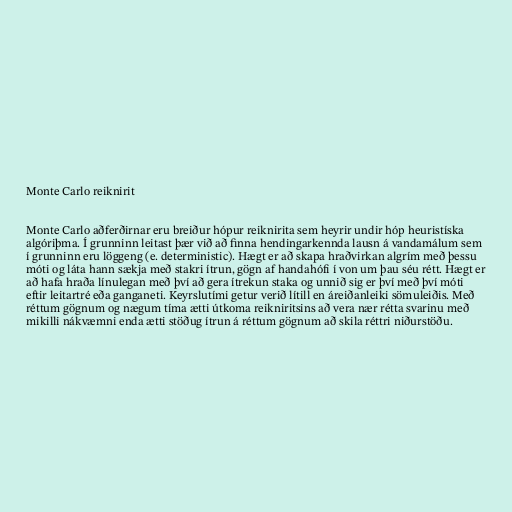
Monte Carlo reiknirit

Monte Carlo aðferðirnar eru breiður hópur reiknirita sem heyrir undir hóp heuristíska
algóriþma. Í grunninn leitast þær við að finna hendingarkennda lausn á vandamálum sem
í grunninn eru löggeng (e. deterministic). Hægt er að skapa hraðvirkan algrím með þessu
móti og láta hann sækja með stakri ítrun, gögn af handahófi í von um þau séu rétt. Hægt er
að hafa hraða línulegan með því að gera ítrekun staka og unnið sig er því með því móti
eftir leitartré eða ganganeti. Keyrslutími getur verið lítill en áreiðanleiki sömuleiðis. Með
réttum gögnum og nægum tíma ætti útkoma reikniritsins að vera nær rétta svarinu með
mikilli nákvæmni enda ætti stöðug ítrun á réttum gögnum að skila réttri niðurstöðu.